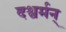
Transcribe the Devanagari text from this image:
दश्वर्मन्‌